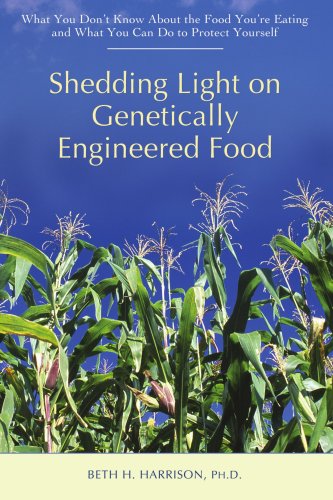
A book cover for Shedding Light on Genetically Engineered Food: What You DonEEt Know About the Food YouEEre Eating and What You Can Do to Protect Yourself; Beth Harrison; Health, Fitness & Dieting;